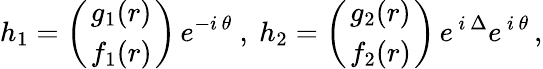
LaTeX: h_{1}=\left({g_{1}(r)}\atop{f_{1}(r)}\right)\, e^{-i\, \theta}\mathrm{~,~}h_{2}=\left({g_{2}(r)}\atop{f_{2}(r)}\right)\, e^{\, i\, \Delta}e^{\, i\, \theta}\, ,